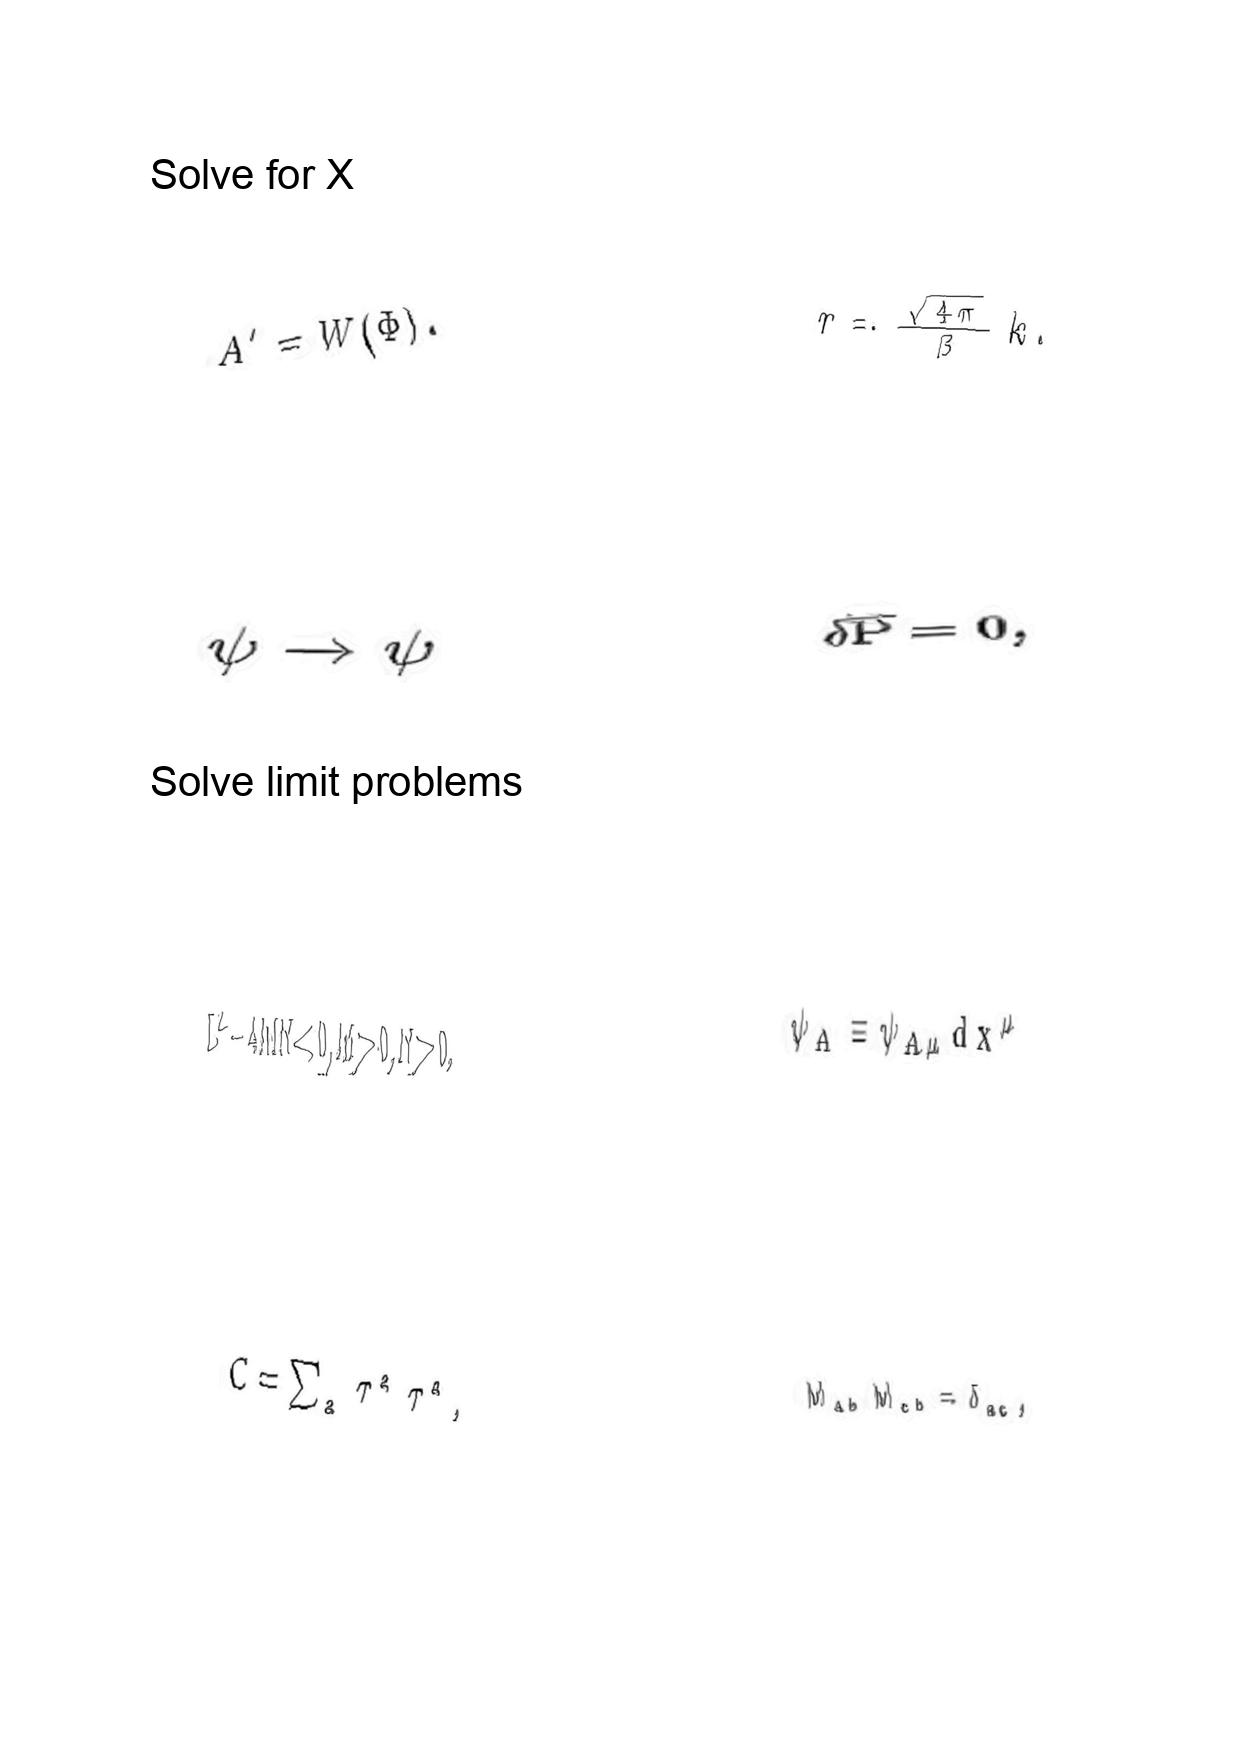
LaTeX transcription:
A ^ { \prime } = W \lparen \Phi \rparen .
\psi \rightarrow \psi
L ^ { 2 } - 4 M N \lt 0 , M \gt 0 , N \gt 0 .
C = \sum _ { a } \tau ^ { a } \tau ^ { a } ,
r = \frac { \sqrt { 4 \pi } } { \beta } k .
\delta \overline { P } = 0 ,
\psi _ { A } \equiv \psi _ { A \mu } d x ^ { \mu }
M _ { a b } M _ { c b } = \delta _ { a c } ,